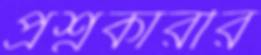
প্রশ্নকারীর